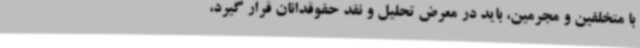
با متخلفین و مجرمین، باید در معرض تحلیل و نقد حقوقدانان قرار گیرد،